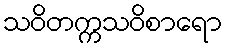
သဝိတက္ကသဝိစာရော